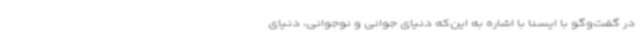
در گفت‌وگو با ایسنا با اشاره به این‌که دنیای جوانی و نوجوانی، دنیای